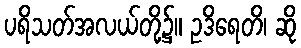
ပရိသတ်အလယ်တို့၌။ ဥဒိရေတိ၊ ဆို